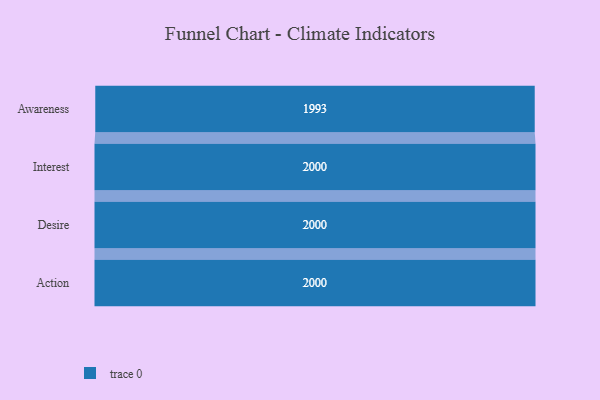
{"axis": {"x": "Stage", "y": "Value"}, "legend": [""], "data": [{"x": "Awareness", "y": 1993.0, "type": ""}, {"x": "Interest", "y": 2000, "type": ""}, {"x": "Desire", "y": 2000, "type": ""}, {"x": "Action", "y": 2000, "type": ""}]}